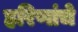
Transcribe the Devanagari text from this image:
हरिणांचे